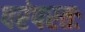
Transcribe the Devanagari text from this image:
परंपरतः